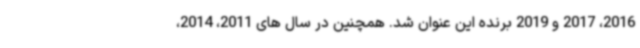
2016، 2017 و 2019 برنده این عنوان شد. همچنین در سال های 2011، 2014،